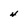
Character: 4